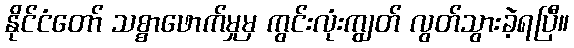
နိုင်ငံတော် သစ္စာဖောက်မှုမှ ကွင်းလုံးကျွတ် လွတ်သွားခဲ့ရပြီ။